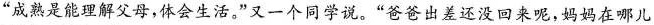
”成熟是能理解父母，体会生活。”又一个同学说。”爸爸出差还没回来呢，妈妈在哪儿